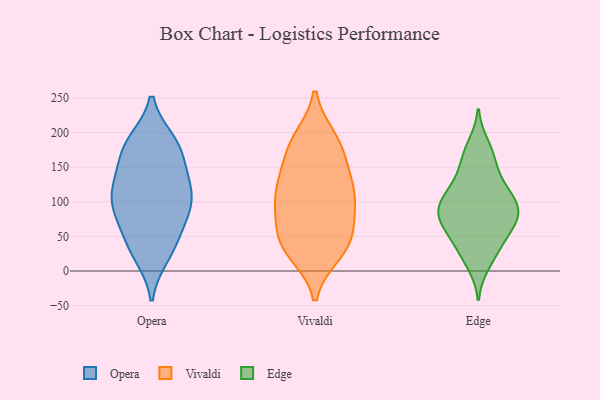
{"axis": {"x": "Website Visitors", "y": "Value"}, "legend": ["Edge", "Opera", "Vivaldi"], "data": [{"x": "", "y": 181, "type": "Opera"}, {"x": "", "y": 158, "type": "Opera"}, {"x": "", "y": 115, "type": "Opera"}, {"x": "", "y": 30, "type": "Opera"}, {"x": "", "y": 187, "type": "Opera"}, {"x": "", "y": 177, "type": "Opera"}, {"x": "", "y": 34, "type": "Opera"}, {"x": "", "y": 132, "type": "Opera"}, {"x": "", "y": 110, "type": "Opera"}, {"x": "", "y": 111, "type": "Opera"}, {"x": "", "y": 186, "type": "Opera"}, {"x": "", "y": 103, "type": "Opera"}, {"x": "", "y": 138, "type": "Opera"}, {"x": "", "y": 72, "type": "Opera"}, {"x": "", "y": 60, "type": "Opera"}, {"x": "", "y": 87, "type": "Opera"}, {"x": "", "y": 84, "type": "Opera"}, {"x": "", "y": 22, "type": "Opera"}, {"x": "", "y": 29, "type": "Vivaldi"}, {"x": "", "y": 165, "type": "Vivaldi"}, {"x": "", "y": 124, "type": "Vivaldi"}, {"x": "", "y": 114, "type": "Vivaldi"}, {"x": "", "y": 26, "type": "Vivaldi"}, {"x": "", "y": 191, "type": "Vivaldi"}, {"x": "", "y": 37, "type": "Vivaldi"}, {"x": "", "y": 44, "type": "Vivaldi"}, {"x": "", "y": 48, "type": "Vivaldi"}, {"x": "", "y": 99, "type": "Vivaldi"}, {"x": "", "y": 98, "type": "Vivaldi"}, {"x": "", "y": 66, "type": "Vivaldi"}, {"x": "", "y": 185, "type": "Vivaldi"}, {"x": "", "y": 122, "type": "Vivaldi"}, {"x": "", "y": 141, "type": "Vivaldi"}, {"x": "", "y": 184, "type": "Vivaldi"}, {"x": "", "y": 85, "type": "Vivaldi"}, {"x": "", "y": 90, "type": "Edge"}, {"x": "", "y": 93, "type": "Edge"}, {"x": "", "y": 58, "type": "Edge"}, {"x": "", "y": 123, "type": "Edge"}, {"x": "", "y": 118, "type": "Edge"}, {"x": "", "y": 77, "type": "Edge"}, {"x": "", "y": 109, "type": "Edge"}, {"x": "", "y": 89, "type": "Edge"}, {"x": "", "y": 43, "type": "Edge"}, {"x": "", "y": 10, "type": "Edge"}, {"x": "", "y": 22, "type": "Edge"}, {"x": "", "y": 182, "type": "Edge"}, {"x": "", "y": 139, "type": "Edge"}, {"x": "", "y": 160, "type": "Edge"}, {"x": "", "y": 79, "type": "Edge"}, {"x": "", "y": 75, "type": "Edge"}, {"x": "", "y": 64, "type": "Edge"}, {"x": "", "y": 38, "type": "Edge"}, {"x": "", "y": 99, "type": "Edge"}, {"x": "", "y": 168, "type": "Edge"}]}